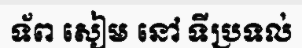
ទ័ព សៀម នៅ ទីប្រទល់